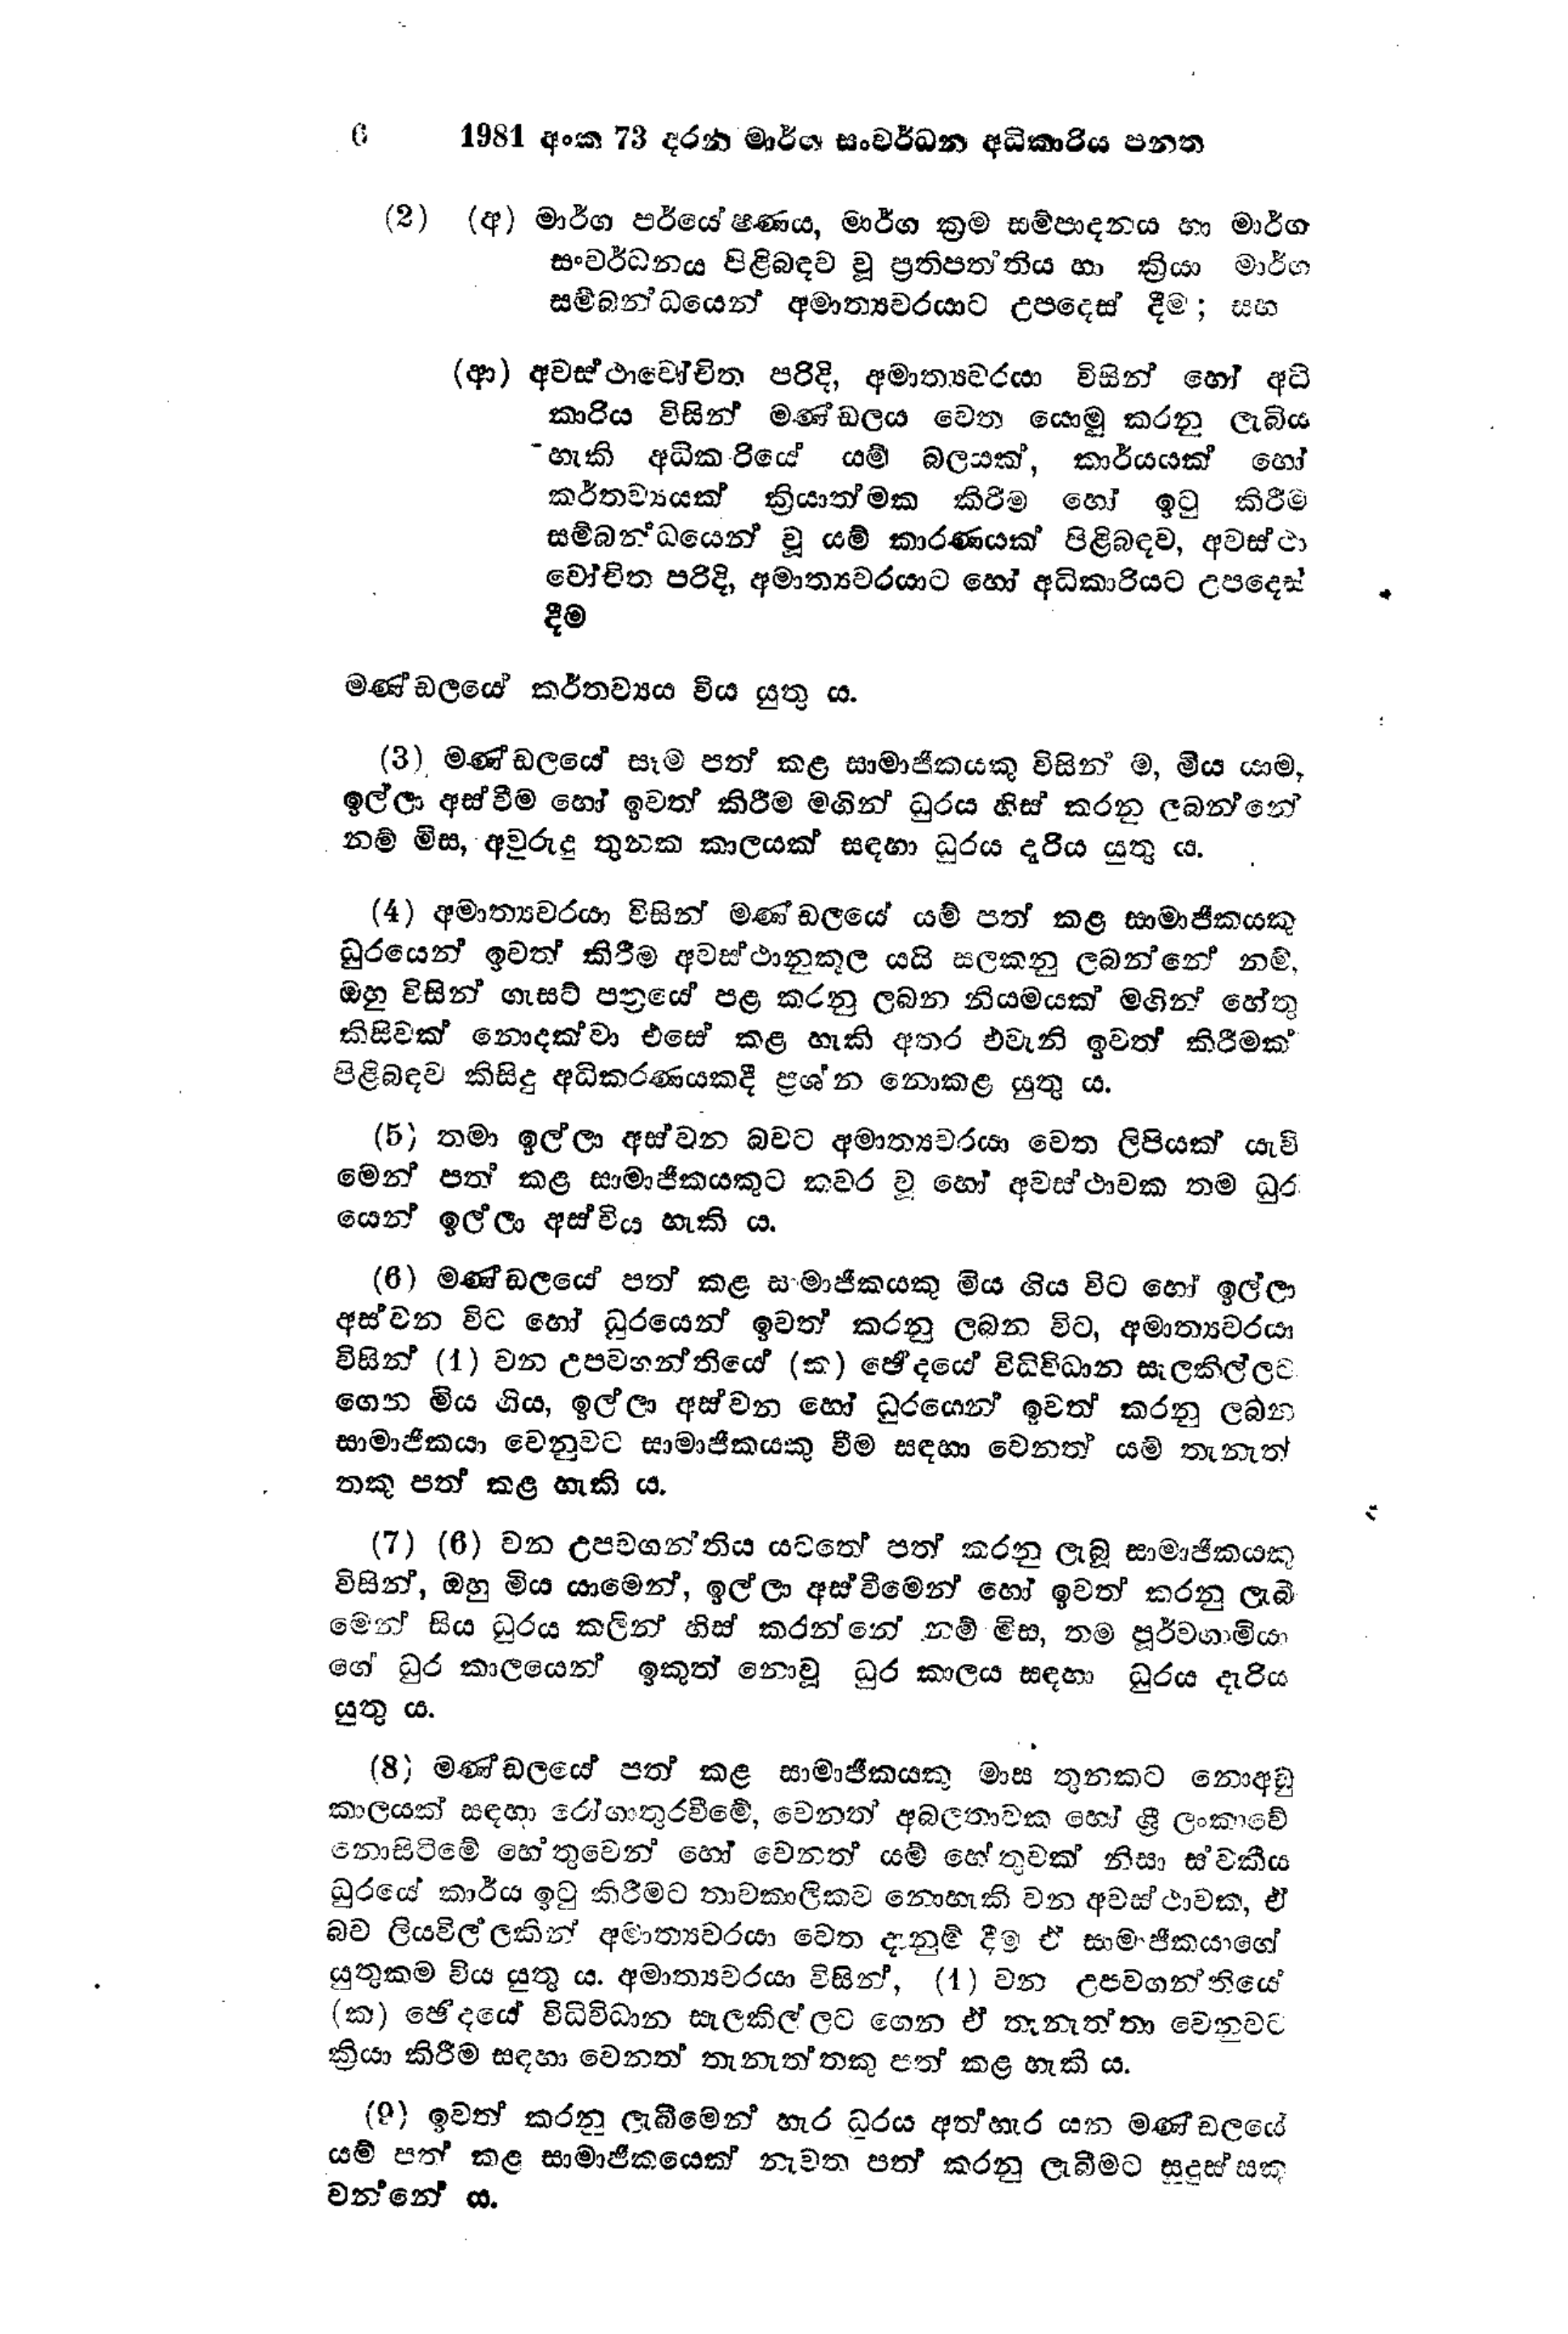
6 1981 අංක 73 දරන මාර්ග සංවර්ධන අධිකාරිය පනත

(2) (අ) මාර්ග පර්යේෂණය, මාර්ග ක්‍රම සම්පාදනය හා මාර්ග
සංවර්ධනය පිළිබඳව වූ ප්‍රතිපත්තිය හා ක්‍රියා මාර්ග
සම්බන්ධයෙන් අමාත්‍යවරයාට උපදෙස් දීම; සහ

(ආ) අවස්ථාවෝචිත පරිදි, අමාත්‍යවරයා විසින් හෝ අධි
කාරිය විසින් මණ්ඩලය වෙත යොමු කරනු ලැබිය
හැකි අධිකාරියේ යම් බලයක්, කාර්යයක් හෝ
කර්තව්‍යයක් ක්‍රියාත්මක කිරීම හෝ ඉටු කිරීම
සම්බන්ධයෙන් වූ යම් කාරණයක් පිළිබඳව, අවස්ථා
වෝචිත පරිදි, අමාත්‍යවරයාට හෝ අධිකාරියට උපදෙස්
දීම

මණ්ඩලයේ කර්තව්‍යය විය යුතු ය.

(3) මණ්ඩලයේ සෑම පත් කළ සාමාජිකයකු විසින් ම, මිය යාම,
ඉල්ලා අස්වීම හෝ ඉවත් කිරීම මගින් ධුරය හිස් කරනු ලබන්නේ
නම් මිස, අවුරුදු තුනක කාලයක් සඳහා ධුරය දැරිය යුතුය.

(4) අමාත්‍යවරයා විසින් මණ්ඩලයේ යම් පත් කළ සාමාජිකයකු
ධුරයෙන් ඉවත් කිරීම අවස්ථානුකූල යයි සලකනු ලබන්නේ නම්,
ඔහු විසින් ගැසට් පත්‍රයේ පළ කරනු ලබන නියමයක් මගින් හේතු
කිසිවක් නොදක්වා එසේ කළ හැකි අතර එවැනි ඉවත් කිරීමක්
පිළිබඳව කිසිදු අධිකරණයකදී ප්‍රශ්න නොකළ යුතු ය.

(5) තමා ඉල්ලා අස්වන බවට අමාත්‍යවරයා වෙත ලිපියක් යැවි
මෙන් පත් කළ සාමාජිකයකුට කවර වූ හෝ අවස්ථාවක තම ධුර
යෙන් ඉල්ලා අස්විය හැකි ය.

(6) මණ්ඩලයේ පත් කළ සාමාජිකයකු මිය ගිය විට හෝ ඉල්ලා
අස්වන විට හෝ ධුරයෙන් ඉවත් කරනු ලබන විට, අමාත්‍යවරයා
විසින් (1) වන උපවගන්තියේ (ක) ඡේදයේ විධිවිධාන සැලකිල්ලට
ගෙන මිය ගිය, ඉල්ලා අස්වන හෝ ධුරයෙන් ඉවත් කරනු ලබන
සාමාජිකයා වෙනුවට සාමාජිකයකු වීම සඳහා වෙනත් යම් තැනැත්
තකු පත් කළ හැකි ය.

(7) (6) වන උපවගන්තිය යටතේ පත් කරනු ලැබූ සාමාජිකයකු
විසින්, ඔහු මිය යාමෙන්, ඉල්ලා අස්වීමෙන් හෝ ඉවත් කරනු ලැබී
මෙන් සිය ධුරය කලින් හිස් කරන්නේ නම් මිස, තම පූර්වගාමියා
ගේ ධුර කාලයෙන් ඉකුත් නොවූ ධුර කාලය සඳහා ධුරය දැරිය
යුතු ය.

(8) මණ්ඩලයේ පත් කළ සාමාජිකයෙකු මාස තුනකට නොඅඩු
කාලයක් සඳහා රෝගාතුරවීමේ, වෙනත් අබලතාවක හෝ ශ්‍රී ලංකාවේ
නොසිටීමේ හේතුවෙන් හෝ වෙනත් යම් හේතුවක් නිසා ස්වකීය
ධුරයේ කාර්ය ඉටු කිරීමට තාවකාලිකව නොහැකි වන අවස්ථාවක, ඒ
බව ලියවිල්ලකින් අමාත්‍යවරයා වෙත දැනුම් දීම ඒ සාමජිකයාගේ
යුතුකම විය යුතු ය. අමාත්‍යවරයා විසින්, (1) වන උපවගන්තියේ
(ක) ඡේදයේ විධිවිධාන සැලකිල්ලට ගෙන ඒ තැනැත්තා වෙනුවට
ක්‍රියා කිරීම සඳහා වෙනත් තැනැත්තකු පත් කළ හැකි ය.

(9) ඉවත් කරනු ලැබීමෙන් හැර ධූරය අත්හැර යන මණ්ඩලයේ
යම් පත් කළ සාමාජිකයෙක් නැවත පත් කරනු ලැබීමට සුදුස්සකු
වන්නේ ය.